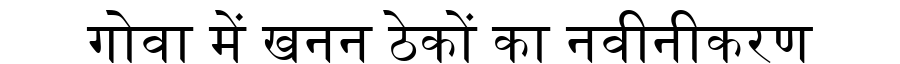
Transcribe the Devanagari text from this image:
गोवा में खनन ठेकों का नवीनीकरण